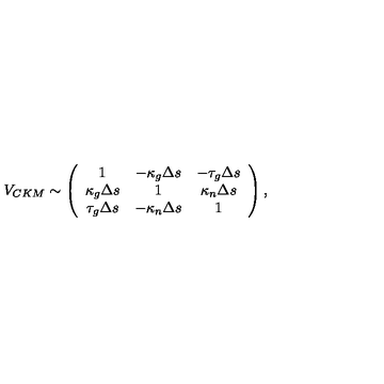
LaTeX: V _ { C K M } \sim \left( \begin{array} { c c c } { 1 } & { - \kappa _ { g } \Delta s } & { - \tau _ { g } \Delta s } \\ { \kappa _ { g } \Delta s } & { 1 } & { \kappa _ { n } \Delta s } \\ { \tau _ { g } \Delta s } & { - \kappa _ { n } \Delta s } & { 1 } \\ \end{array} \right) ,